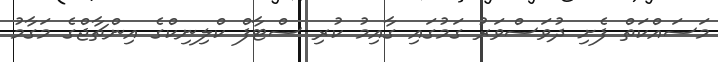
މަސައްކަތް ފެށި ދުވަސްވަރު ގަމުގައި ގާއިމު ކުރި ސްޓާފް ކްލިނިކްގެ އިންޗާޖްގެ މަގާމު